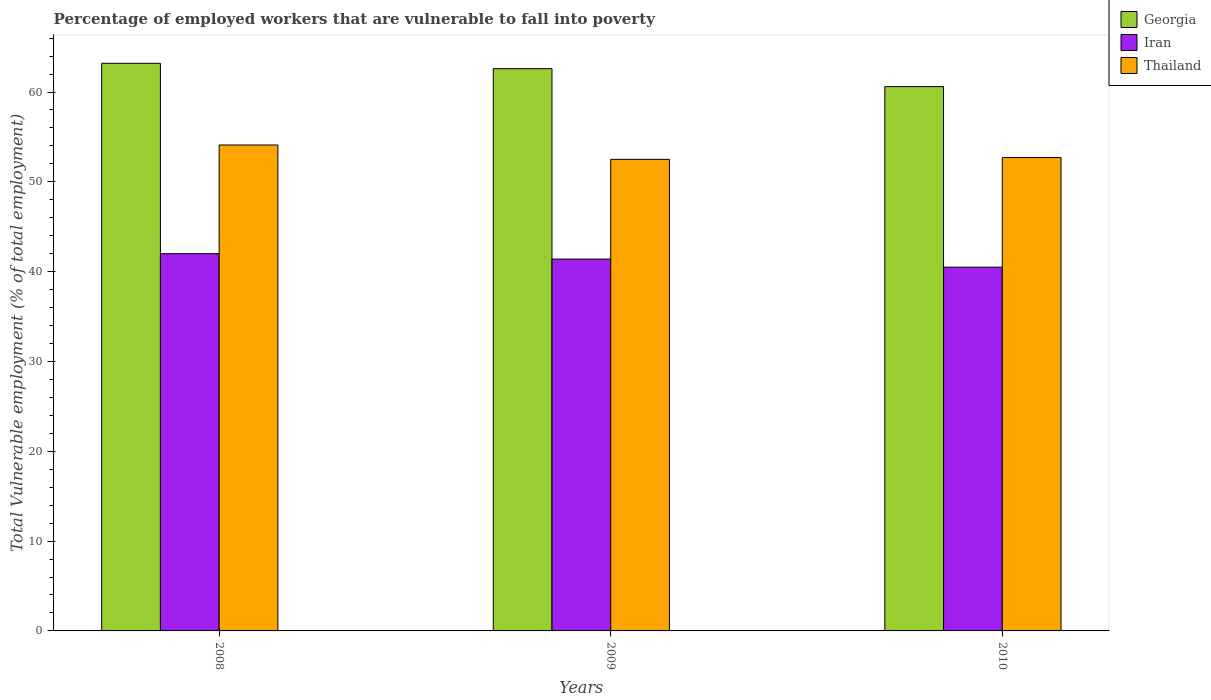
| Years | Georgia | Iran | Thailand |
 | --- | --- | --- | --- |
 | 2008 | 63.2 | 42 | 54.1 |
 | 2009 | 62.6 | 41.4 | 52.5 |
 | 2010 | 60.6 | 40.5 | 52.7 |